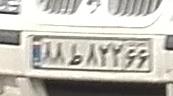
۸۸ط۸۲۲۶۶